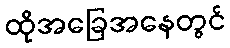
ထိုအခြေအနေတွင်